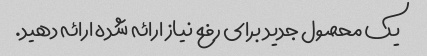
یک محصول جدید برای رفع نیاز ارائه شده ارائه دهید.